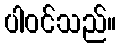
ပါဝင်သည်။